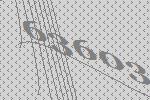
63603